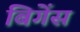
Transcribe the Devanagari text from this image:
बिगेंस